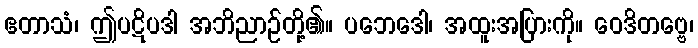
ဧတာသံ၊ ဤပဋိပဒါ အဘိညာဉ်တို့၏။ ပဘေဒေါ၊ အထူးအပြားကို။ ဝေဒိတဗ္ဗေ၊